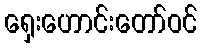
ရှေးဟောင်းတော်ဝင်